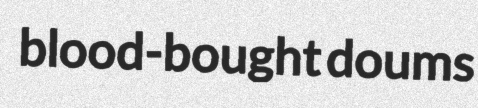
blood-bought doums